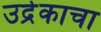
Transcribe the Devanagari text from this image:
उद्रेकाचा